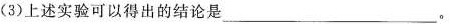
(3)上述实验可以得出的结论是___。